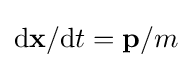
\mathrm {d} \mathbf {x} /\mathrm {d} t=\mathbf {p} /m